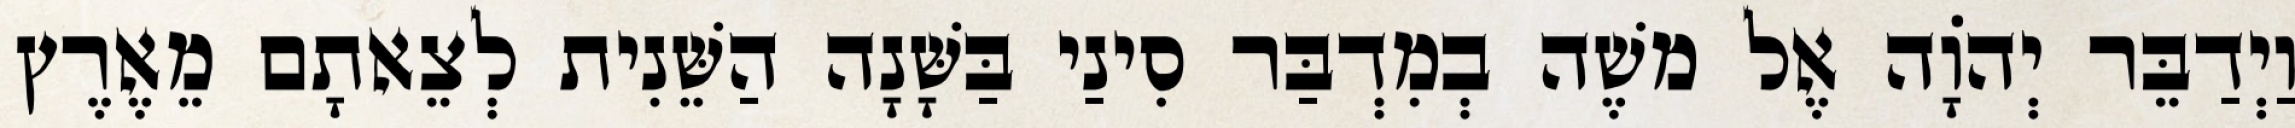
וַיְדַבֵּר יְהוָֹה אֶל משֶׁה בְמִדְבַּר סִינַי בַּשָּׁנָה הַשֵּׁנִית לְצֵאתָם מֵאֶרֶץ